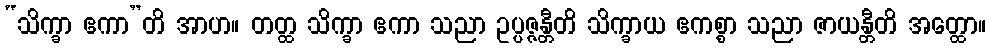
“သိက္ခာ ဧကာ”တိ အာဟ။ တတ္ထ သိက္ခာ ဧကာ သညာ ဥပ္ပဇ္ဇန္တီတိ သိက္ခာယ ဧကစ္စာ သညာ ဇာယန္တီတိ အတ္ထော။